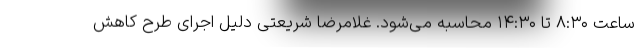
ساعت ۸:۳۰ تا ۱۴:۳۰ محاسبه می‌شود. غلامرضا شریعتی دلیل اجرای طرح کاهش